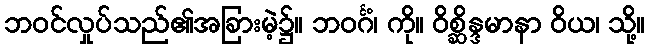
ဘဝင်လှုပ်သည်၏အခြားမဲ့၌။ ဘဝင်္ဂံ၊ ကို။ ဝိစ္ဆိန္ဒမာနာ ဝိယ၊ သို့။